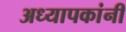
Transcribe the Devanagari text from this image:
अध्यापकांनीं